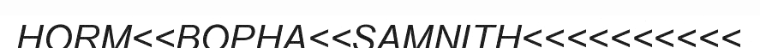
HORM<<BOPHA<<SAMNITH<<<<<<<<<<